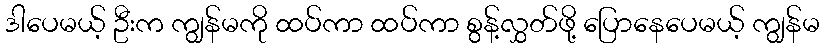
ဒါပေမယ့် ဦးက ကျွန်မကို ထပ်ကာ ထပ်ကာ စွန့်လွှတ်ဖို့ ပြောနေပေမယ့် ကျွန်မ